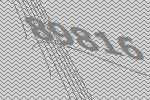
89816